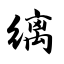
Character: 缡